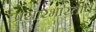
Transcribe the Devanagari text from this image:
प्रसारभारतीचे